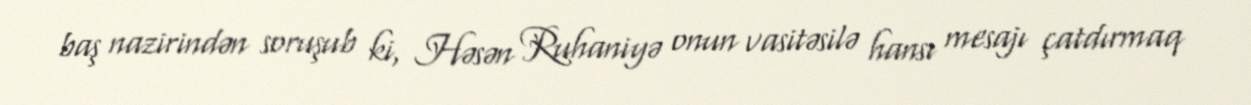
baş nazirindən soruşub ki, Həsən Ruhaniyə onun vasitəsilə hansı mesajı çatdırmaq